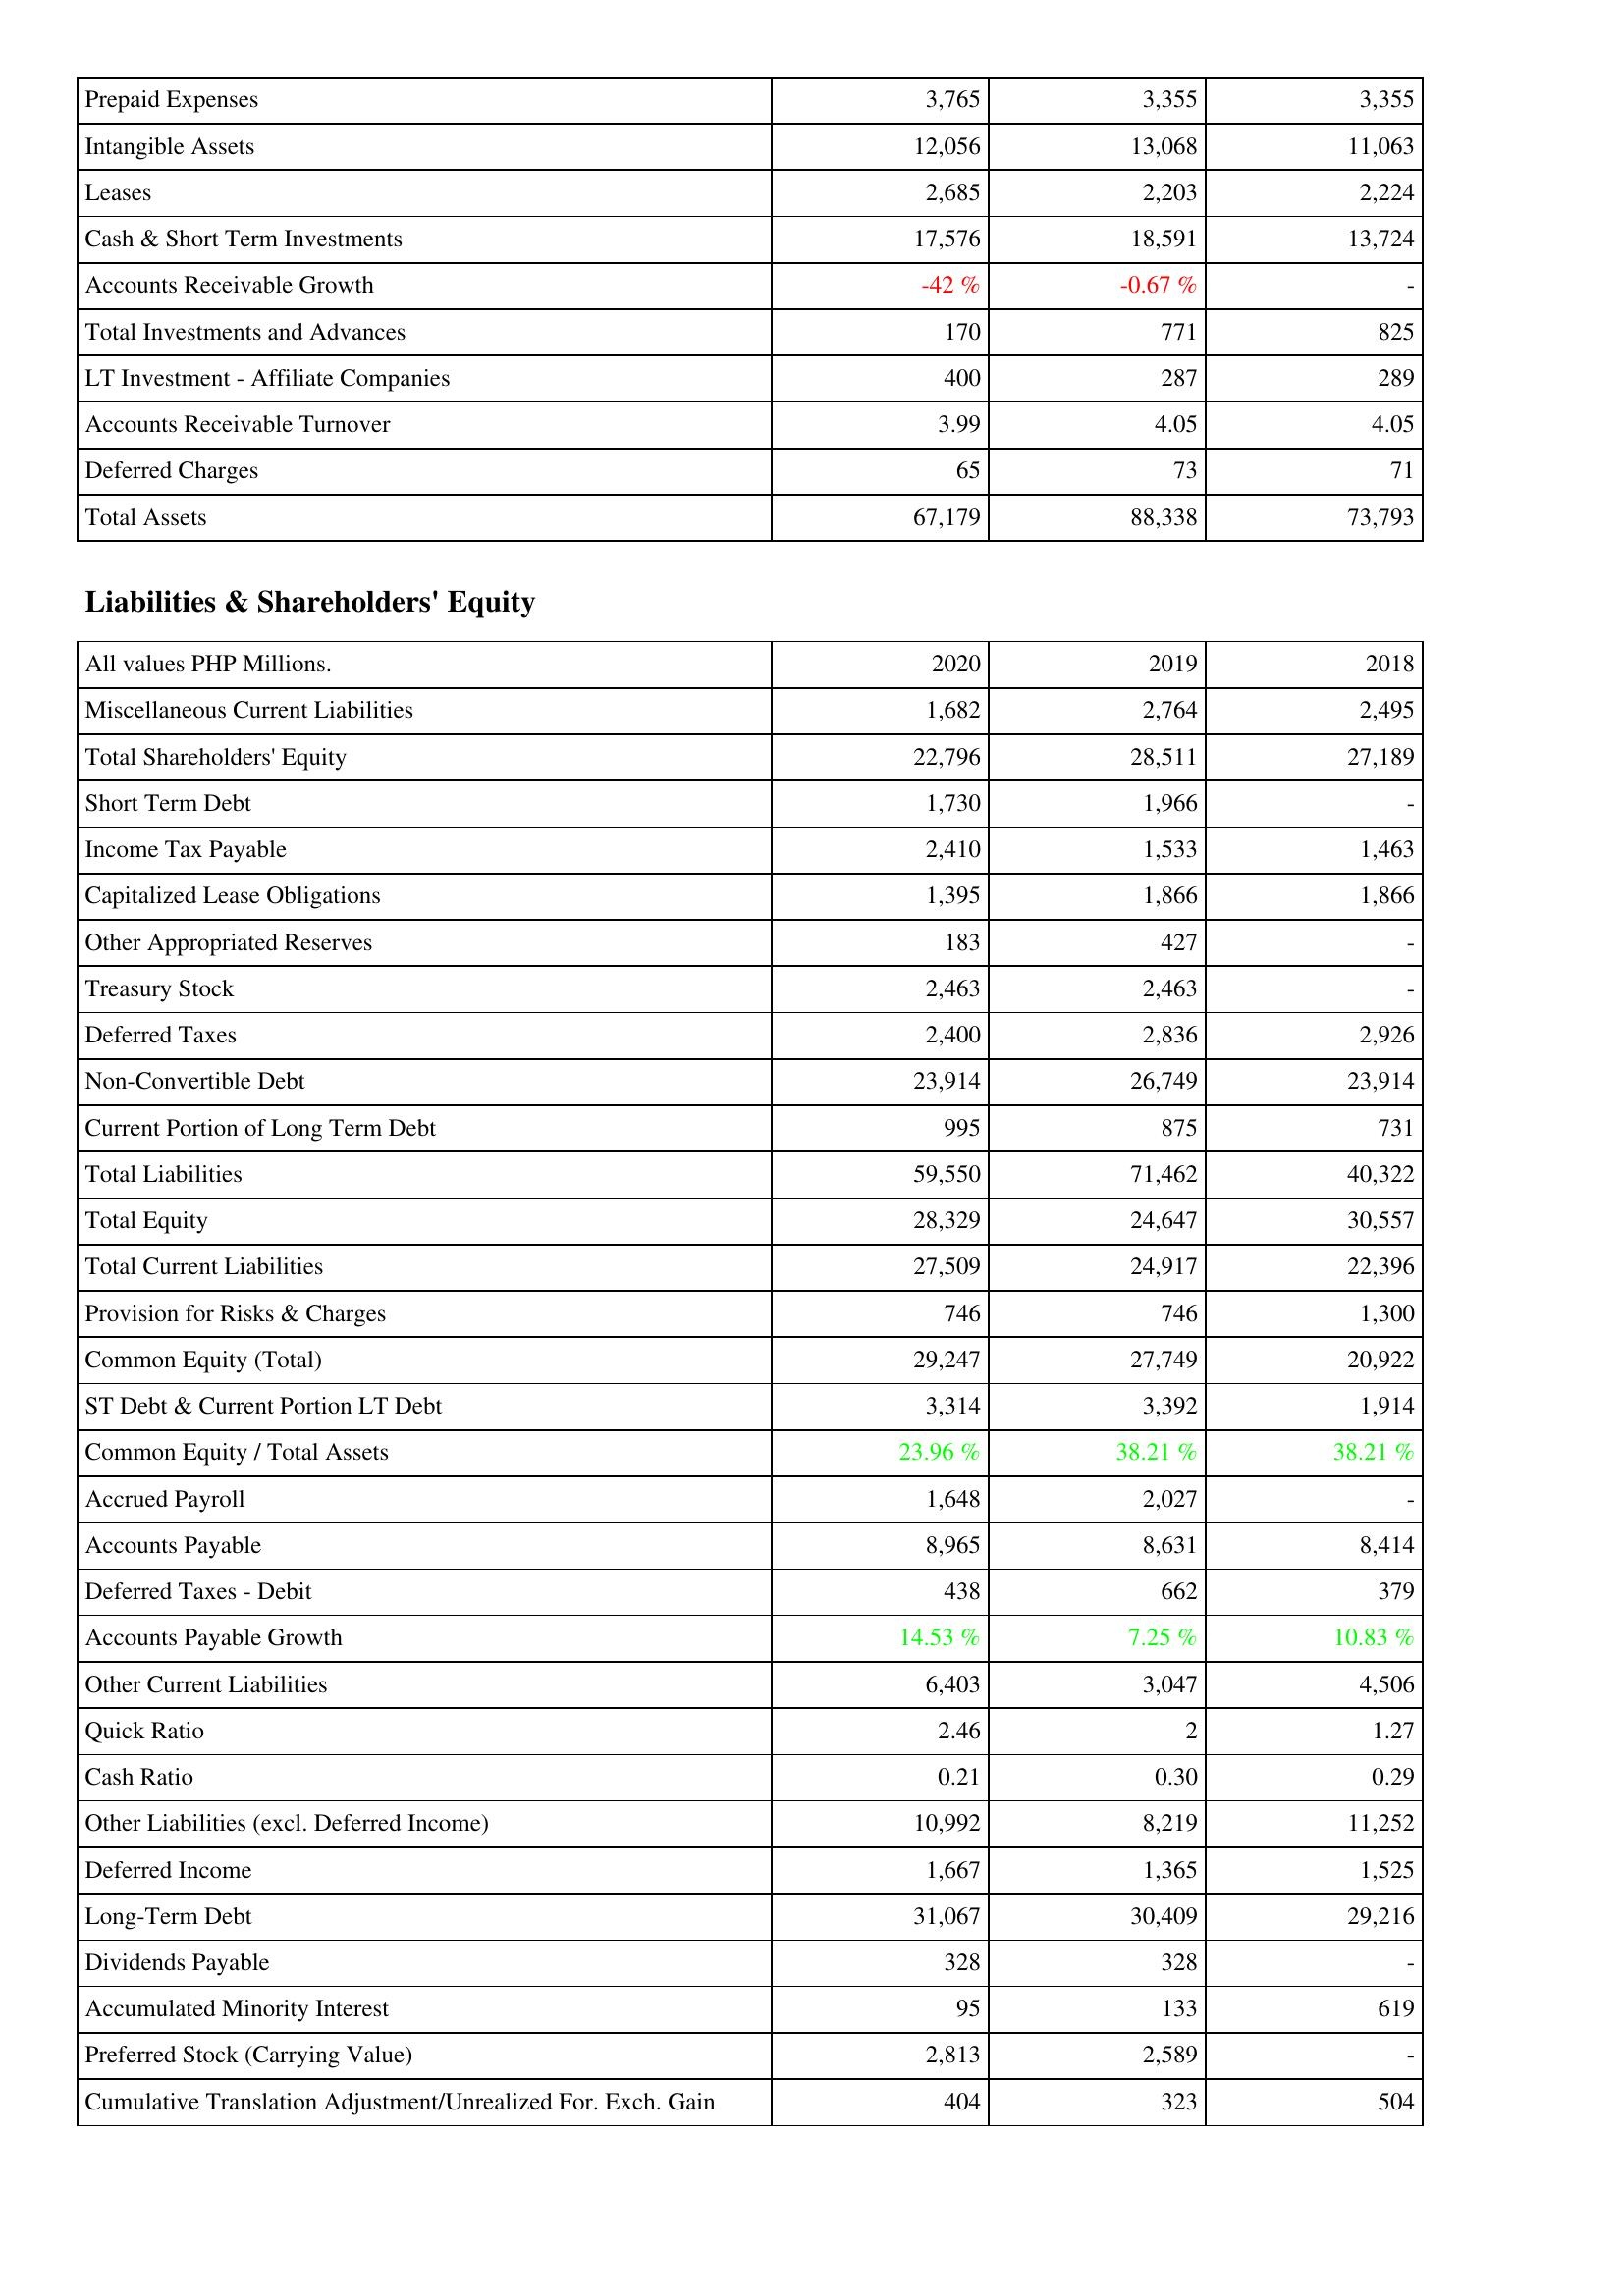
2020: Assets: Prepaid Expenses: 3,765
Intangible Assets: 12,056
Leases: 2,685
Cash & Short Term Investments: 17,576
Accounts Receivable Growth: -42 %
Total Investments and Advances: 170
LT Investment - Affiliate Companies: 400
Accounts Receivable Turnover: 3.99
Deferred Charges: 65
Total Assets: 67,179
Liabilities & Shareholders' Equity: Miscellaneous Current Liabilities: 1,682
Total Shareholders' Equity: 22,796
Short Term Debt: 1,730
Income Tax Payable: 2,410
Capitalized Lease Obligations: 1,395
Other Appropriated Reserves: 183
Treasury Stock: 2,463
Deferred Taxes: 2,400
Non-Convertible Debt: 23,914
Current Portion of Long Term Debt: 995
Total Liabilities: 59,550
Total Equity: 28,329
Total Current Liabilities: 27,509
Provision for Risks & Charges: 746
Common Equity (Total): 29,247
ST Debt & Current Portion LT Debt: 3,314
Common Equity / Total Assets: 23.96 %
Accrued Payroll: 1,648
Accounts Payable: 8,965
Deferred Taxes - Debit: 438
Accounts Payable Growth: 14.53 %
Other Current Liabilities: 6,403
Quick Ratio: 2.46
Cash Ratio: 0.21
Other Liabilities (excl. Deferred Income): 10,992
Deferred Income: 1,667
Long-Term Debt: 31,067
Dividends Payable: 328
Accumulated Minority Interest: 95
Preferred Stock (Carrying Value): 2,813
Cumulative Translation Adjustment/Unrealized For. Exch. Gain: 404
2019: Assets: Prepaid Expenses: 3,355
Intangible Assets: 13,068
Leases: 2,203
Cash & Short Term Investments: 18,591
Accounts Receivable Growth: -0.67 %
Total Investments and Advances: 771
LT Investment - Affiliate Companies: 287
Accounts Receivable Turnover: 4.05
Deferred Charges: 73
Total Assets: 88,338
Liabilities & Shareholders' Equity: Miscellaneous Current Liabilities: 2,764
Total Shareholders' Equity: 28,511
Short Term Debt: 1,966
Income Tax Payable: 1,533
Capitalized Lease Obligations: 1,866
Other Appropriated Reserves: 427
Treasury Stock: 2,463
Deferred Taxes: 2,836
Non-Convertible Debt: 26,749
Current Portion of Long Term Debt: 875
Total Liabilities: 71,462
Total Equity: 24,647
Total Current Liabilities: 24,917
Provision for Risks & Charges: 746
Common Equity (Total): 27,749
ST Debt & Current Portion LT Debt: 3,392
Common Equity / Total Assets: 38.21 %
Accrued Payroll: 2,027
Accounts Payable: 8,631
Deferred Taxes - Debit: 662
Accounts Payable Growth: 7.25 %
Other Current Liabilities: 3,047
Quick Ratio: 2
Cash Ratio: 0.30
Other Liabilities (excl. Deferred Income): 8,219
Deferred Income: 1,365
Long-Term Debt: 30,409
Dividends Payable: 328
Accumulated Minority Interest: 133
Preferred Stock (Carrying Value): 2,589
Cumulative Translation Adjustment/Unrealized For. Exch. Gain: 323
2018: Assets: Prepaid Expenses: 3,355
Intangible Assets: 11,063
Leases: 2,224
Cash & Short Term Investments: 13,724
Accounts Receivable Growth: -
Total Investments and Advances: 825
LT Investment - Affiliate Companies: 289
Accounts Receivable Turnover: 4.05
Deferred Charges: 71
Total Assets: 73,793
Liabilities & Shareholders' Equity: Miscellaneous Current Liabilities: 2,495
Total Shareholders' Equity: 27,189
Short Term Debt: -
Income Tax Payable: 1,463
Capitalized Lease Obligations: 1,866
Other Appropriated Reserves: -
Treasury Stock: -
Deferred Taxes: 2,926
Non-Convertible Debt: 23,914
Current Portion of Long Term Debt: 731
Total Liabilities: 40,322
Total Equity: 30,557
Total Current Liabilities: 22,396
Provision for Risks & Charges: 1,300
Common Equity (Total): 20,922
ST Debt & Current Portion LT Debt: 1,914
Common Equity / Total Assets: 38.21 %
Accrued Payroll: -
Accounts Payable: 8,414
Deferred Taxes - Debit: 379
Accounts Payable Growth: 10.83 %
Other Current Liabilities: 4,506
Quick Ratio: 1.27
Cash Ratio: 0.29
Other Liabilities (excl. Deferred Income): 11,252
Deferred Income: 1,525
Long-Term Debt: 29,216
Dividends Payable: -
Accumulated Minority Interest: 619
Preferred Stock (Carrying Value): -
Cumulative Translation Adjustment/Unrealized For. Exch. Gain: 504